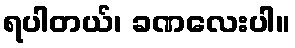
ရပါတယ်၊ ခဏလေးပါ။